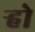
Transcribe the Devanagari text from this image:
र्‍हो